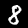
Label: 8